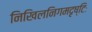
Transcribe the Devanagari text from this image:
निखिलनिगमदृष्टिः